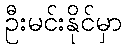
ဦးမင်းနိုင်မှာ